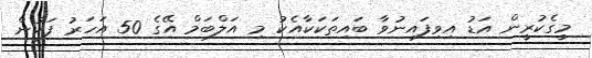
މީގެކުރީން އަޑު އިވިފައިނުވާ ބައިތަކަކާއެކު މި އަލްބަމް އޭގެ 50 އަހަރު ފަހުން